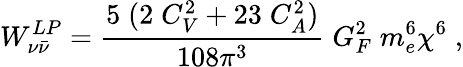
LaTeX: {W}_{\nu{\bar{\nu}}}^{LP}=\frac{5\; (2\; C_{V}^{2}+23\; C_{A}^{2})}{108\pi^{3}}\; G_{F}^{2}\; m_{e}^{6}\chi^{6}\; ,